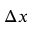
\Delta x